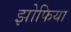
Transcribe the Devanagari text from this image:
झोफिया